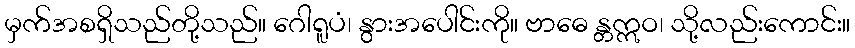
မှက်အစရှိသည်တို့သည်။ ဂေါရူပံ၊ နွားအပေါင်းကို။ ဗာဓေ န္တဣဝ၊ သို့လည်းကောင်း။